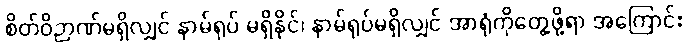
စိတ်ဝိဉာဏ်မရှိလျှင် နာမ်ရုပ် မရှိနိုင်၊ နာမ်ရုပ်မရှိလျှင် အာရုံကိုတွေ့ဖို့ရာ အကြောင်း